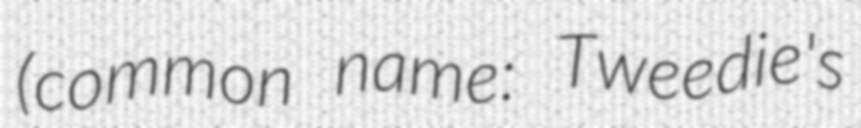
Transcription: (common name: Tweedie's